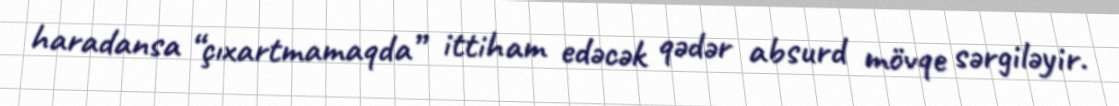
haradansa “çıxartmamaqda” ittiham edəcək qədər absurd mövqe sərgiləyir.